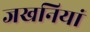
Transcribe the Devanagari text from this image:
जखनियां